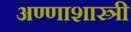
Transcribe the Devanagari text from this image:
अण्णाशास्त्री